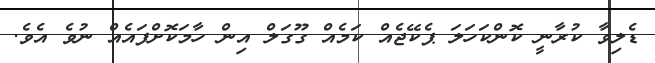
ޑެލިވާ ކުރާނީ ކޮންކަހަލަ ޕެކޭޖެއް ކަމެއް ގޫގަލް އިން ހާމަކޮށްފައެއް ނުވެ އެވެ.